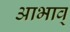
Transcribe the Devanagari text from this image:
आभाव्